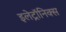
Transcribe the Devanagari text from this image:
इलेट्रॉनिक्स